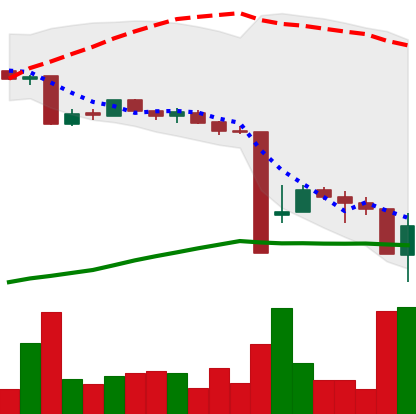
Ticker: BTC-USD
Chart end date: 2015-08-25
Forward return: 3.227%
Label: up_3_5